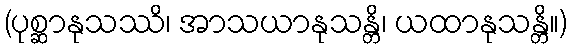
(ပုစ္ဆာနုသဿိ၊ အာသယာနုသန္တိ၊ ယထာနုသန္တိ။)